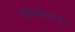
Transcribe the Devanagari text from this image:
दमास्कसचा